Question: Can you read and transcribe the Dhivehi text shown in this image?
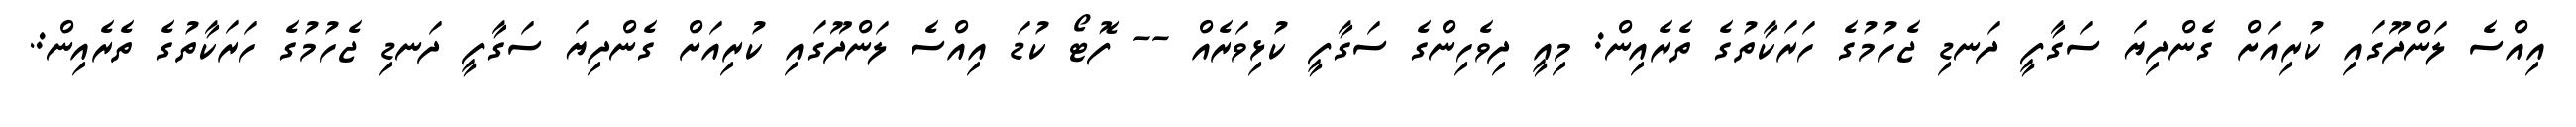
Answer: އިއްސެ ލަންދޫގައި ކުރިއަށް ގެންދިޔަ ސަގާފީ ދަނޑި ޖެހުމުގެ ހަރަކާތުގެ ތެރެއިން: މިއީ ދިވެހިންގެ ސަގާފީ ކުޅިވަރެއް -- ފޮޓޯ ކުޑަ އިއްސެ ލަންދޫގައި ކުރިއަށް ގެންދިޔަ ސަގާފީ ދަނޑި ޖެހުމުގެ ހަރަކާތުގެ ތެރެއިން:.